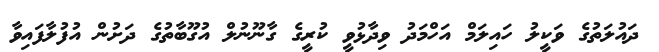
ދައުލަތުގެ ވަކީލު ހައިލަމް އަހްމަދު ވިދާޅުވީ ކުރީގެ ގާނޫނުލް އުގޫބާތުގެ ދަށުން އުފުލާފައިވާ